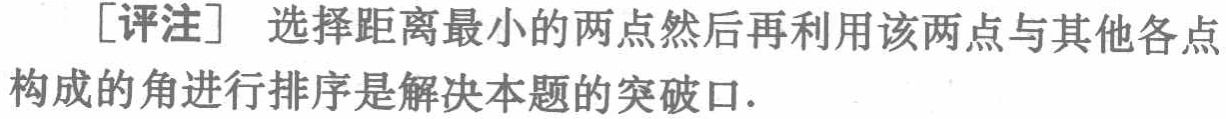
[评注] 选择距离最小的两点然后再利用该两点与其他各点构成的角进行排序是解决本题的突破口.